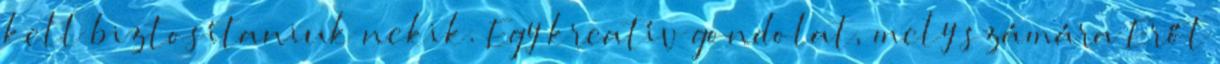
kell biztosítaniuk nekik. Egy kreatív gondolat, mely számára Erőt